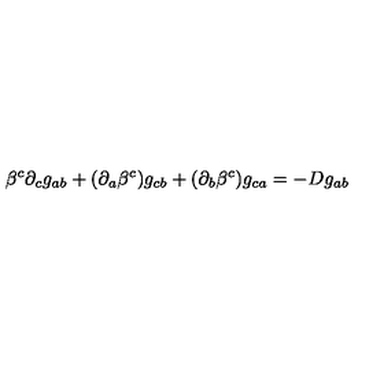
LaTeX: \beta ^ { c } \partial _ { c } g _ { a b } + ( \partial _ { a } \beta ^ { c } ) g _ { c b } + ( \partial _ { b } \beta ^ { c } ) g _ { c a } = - D g _ { a b }